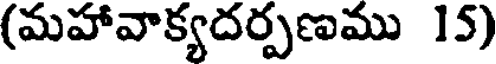
(మహావాక్యదర్పణము 15)